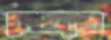
কোষগ্রন্থের